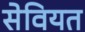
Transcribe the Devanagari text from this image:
सेवियत